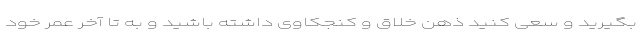
بگیرید و سعی کنید ذهن خلاق و کنجکاوی داشته باشید و به تا آخر عمر خود